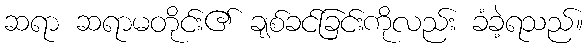
ဆရာ ဆရာမတိုင်း၏ ချစ်ခင်ခြင်းကိုလည်း ခံခဲ့ရသည်။